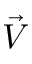
\Vec { V }